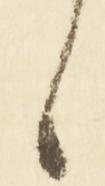
候